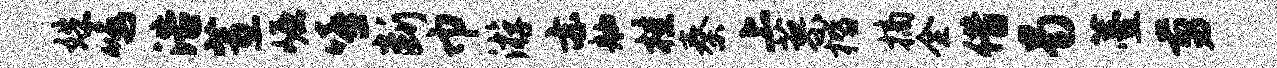
姝鸣浩蕙崛嘻断巾游亦舳桂秦上蓼楷摘全借曷薹剪